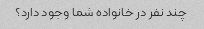
چند نفر در خانواده شما وجود دارد؟